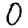
Digit: 0